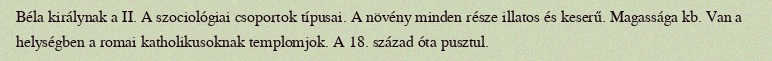
Béla királynak a II. A szociológiai csoportok típusai. A növény minden része illatos és keserű. Magassága kb. Van a helységben a romai katholikusoknak templomjok. A 18. század óta pusztul.